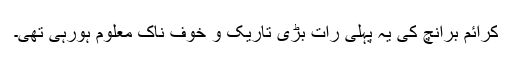
کرائم برانچ کی یہ پہلی رات بڑی تاریک و خوف ناک معلوم ہورہی تھی۔